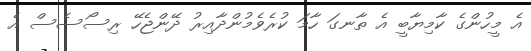
އެ މީހުންގެ ކާމިޔާބީ އެ ތާނގަ ހާމަ ކުރެވެމުންދާއިރު ދޭންޖެހޭ ރިސޯސެސް އެ